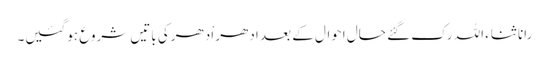
رانا ثناء اللہ رک گئے حال احوال کے بعد ادھر اْدھرکی باتیں شروع ہوگئیں۔